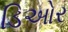
ડિઓર